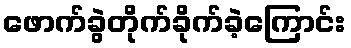
ဖောက်ခွဲတိုက်ခိုက်ခဲ့ကြောင်း